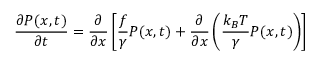
{ \frac { \partial P ( x , t ) } { \partial t } } = { \frac { \partial } { \partial x } } \left[ { \frac { f } { \gamma } } P ( x , t ) + { \frac { \partial } { \partial x } } \left( { \frac { k _ { B } T } { \gamma } } P ( x , t ) \right) \right]